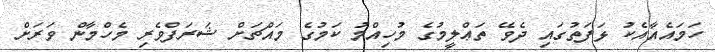
ހަމައެއާއެކު ޅަފަތުގައި ދެވޭ ތަޢްލީމުގެ މުހިއްމު ކަމުގެ މައްޗަށް ޝަރަފްވެރި މެހްމާން ވަރަށް